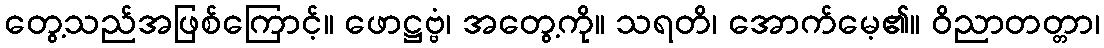
တွေ့သည်အဖြစ်ကြောင့်။ ဖောဋ္ဌဗ္ဗံ၊ အတွေ့ကို။ သရတိ၊ အောက်မေ့၏။ ဝိညာတတ္တာ၊